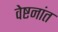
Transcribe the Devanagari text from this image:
वेष्टनांत